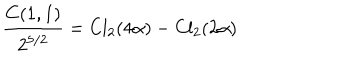
LaTeX: { \frac { C ( 1 , 1 ) } { 2 ^ { 5 / 2 } } } = \mathrm { C l } _ { 2 } ( 4 \alpha ) - \mathrm { C l } _ { 2 } ( 2 \alpha )